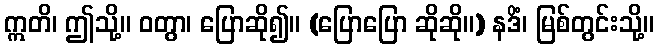
ဣတိ၊ ဤသို့။ ဝတွာ၊ ပြောဆို၍။ (ပြောပြော ဆိုဆို။) နဒိံ၊ မြစ်တွင်းသို့။